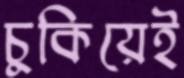
চুকিয়েই